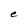
Character: e